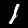
Label: 1